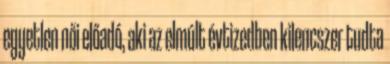
egyetlen női előadó, aki az elmúlt évtizedben kilencszer tudta